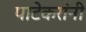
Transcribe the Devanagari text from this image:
पाटेकरांनी